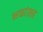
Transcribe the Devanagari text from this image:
भक्तांसह